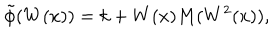
LaTeX: \tilde { \phi } ( W ( x ) ) = k + W ( x ) M ( W ^ { 2 } ( x ) ) ,